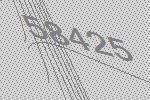
58425